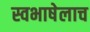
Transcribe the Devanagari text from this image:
स्वभाषेलाच